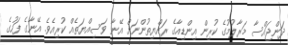
ދަންޖައްސާ މަރާލުމުގެ ކުރިން އިންޑިއާގެ ރައްޔިތުންނަށް އޭނާ ވަސިއްޔަތެއް ކުރިއެވެ. އޭނާގެ ފަހުގެ